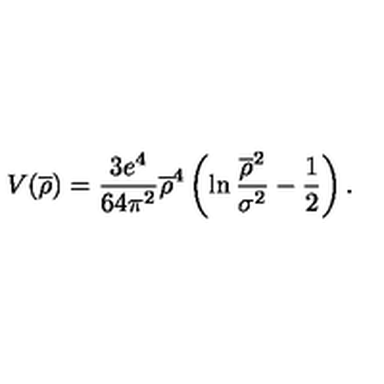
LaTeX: V ( \overline { { \rho } } ) = \frac { 3 e ^ { 4 } } { 6 4 \pi ^ { 2 } } \overline { { \rho } } ^ { 4 } \left( \ln \frac { \overline { { \rho } } ^ { 2 } } { \sigma ^ { 2 } } - \frac { 1 } { 2 } \right) .